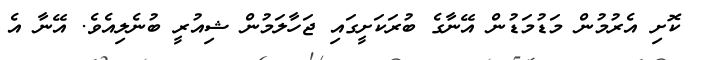
ކޮށި އެރުމުން މަޑުމަޑުން އޭނާގެ ބުރަކަށީގައި ޖަހާލަމުން ޝިއުރީ ބުނެލިއެވެ. އޭނާ އެ